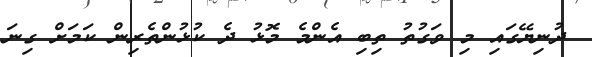
ދުނިޔޭގައި މި ވަގުތު ތިބި އެންމެ މޮޅު ދެ ކުޅުންތެރިން ކަމަށް ގިނަ